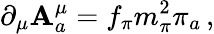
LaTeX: \partial_{\mu}\mathbf{A}_{a}^{\mu}=f_{\pi}m_{\pi}^{2}\pi_{a}\, ,